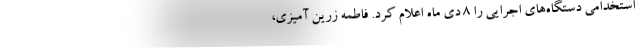
استخدامی دستگاه‌های اجرایی را ۸ دی ماه اعلام کرد. فاطمه زرین آمیزی،